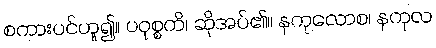
စကားပင်ဟူ၍။ ပဝုစ္စတိ၊ ဆိုအပ်၏။ နကုလောစ၊ နကုလ